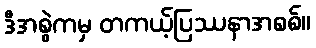
ဒီအစွဲကမှ တကယ့်ပြဿနာအစစ်။